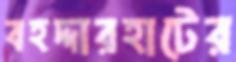
বহদ্দারহাটের